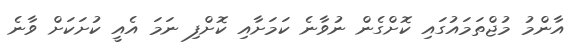
އާންމު މުޖްތަމައުގައި ކޮށްގެން ނުވާނެ ކަމަށާއި ކޮށްފި ނަމަ އެއީ ކުށަކަށް ވާނެ